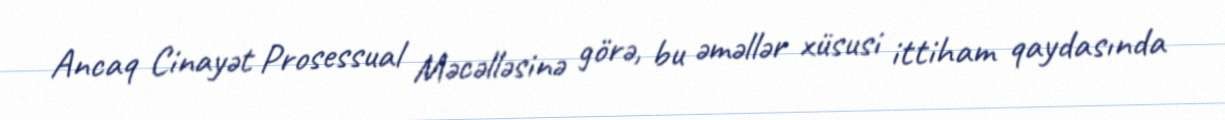
Ancaq Cinayət Prosessual Məcəlləsinə görə, bu əməllər xüsusi ittiham qaydasında